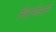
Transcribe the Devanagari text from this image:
मिरागोआने